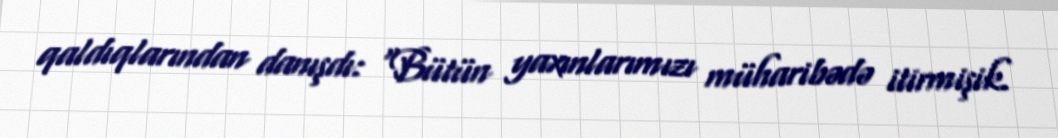
qaldıqlarından danışdı: “Bütün yaxınlarımızı müharibədə itirmişik.